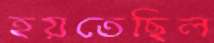
হয়তেছিল